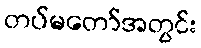
တပ်မတော်အတွင်း